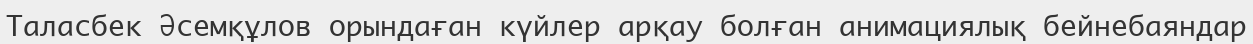
Таласбек Әсемқұлов орындаған күйлер арқау болған анимациялық бейнебаяндар